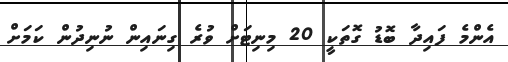
އެންމެ ފައިދާ ބޮޑު ގޮތަކީ 20 މިނިޓަށް ވުރެ ގިނައިން ނުނިދުން ކަމަށް